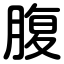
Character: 腹